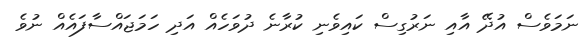
ނަމަވެސް އުދޭ އާއި ނަރުގިސް ކައިވެނި ކުރާނެ ދުވަހެއް އަދި ހަމަޖައްސާފައެއް ނުވެ